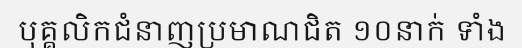
បុគ្គលិកជំនាញប្រមាណជិត ១០នាក់ ទាំង